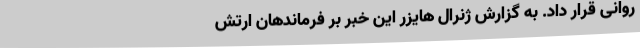
روانی‌ قرار داد. به‌ گزارش‌ ژنرال‌ هایزر این‌ خبر بر فرماندهان‌ ارتش‌